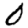
Digit: 0